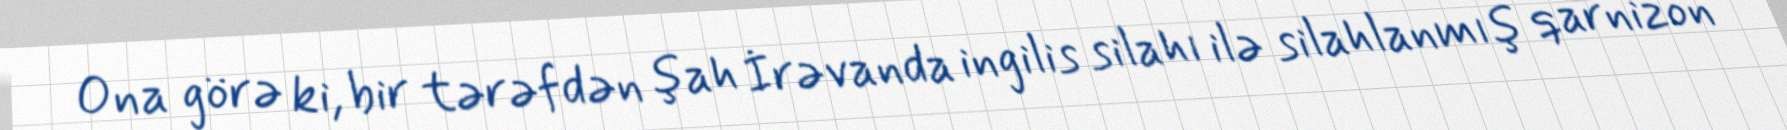
Ona görə ki, bir tərəfdən şah İrəvanda ingilis silahı ilə silahlanmış qarnizon